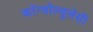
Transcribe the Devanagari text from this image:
कॉन्वॉल्वुलेसी